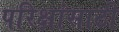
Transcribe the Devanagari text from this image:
परिक्षांसाठी